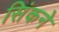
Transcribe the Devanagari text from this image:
सिंकने